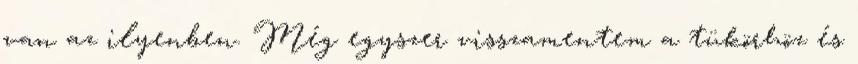
van az ilyenben. Még egyszer visszamentem a tükörhöz és